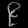
Digit: ၉